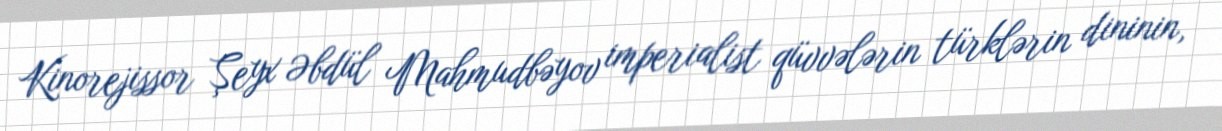
Kinorejissor Şeyx Əbdül Mahmudbəyov imperialist qüvvələrin türklərin dininin,